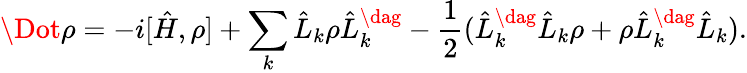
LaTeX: \Dot{\rho}=-i[\hat{H},\rho]+\sum_{k}\hat{L}_{k}\rho\hat{L}_{k}^{\dag}-\frac{1}{2}(\hat{L}_{k}^{\dag}\hat{L}_{k}\rho+\rho\hat{L}_{k}^{\dag}\hat{L}_{k}).